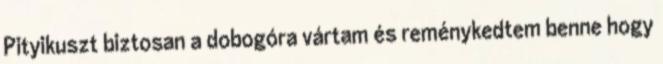
Pityikuszt biztosan a dobogóra vártam és reménykedtem benne hogy